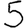
Digit: 5